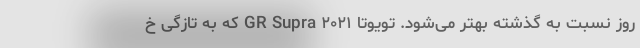
روز نسبت به گذشته بهتر می‌شود. تویوتا ۲۰۲۱ GR Supra که به تازگی خ